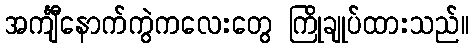
အင်္ကျီနောက်ကွဲကလေးတွေ ကြိုချုပ်ထားသည်။